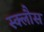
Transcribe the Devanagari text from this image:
स्क्लौस